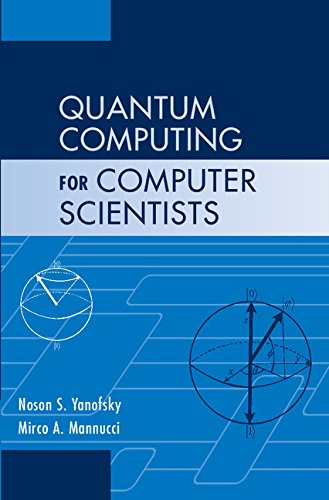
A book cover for Quantum Computing for Computer Scientists; Noson S. Yanofsky; Computers & Technology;